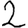
Digit: 2